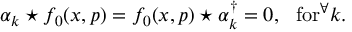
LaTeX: \alpha _ { k } \star f _ { 0 } ( x , p ) = f _ { 0 } ( x , p ) \star \alpha _ { k } ^ { \dagger } = 0 , ~ ~ \mathrm { f o r } ^ { \forall } k .